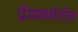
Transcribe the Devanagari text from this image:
प्रेमकथेतील